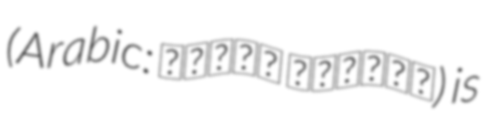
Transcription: (Arabic: نعيمة الجاني) is